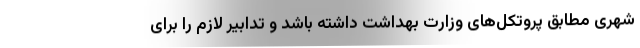
شهری مطابق پروتکل‌های وزارت بهداشت داشته باشد و تدابیر لازم را برای